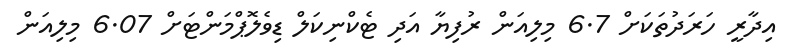
އިދާރީ ހަރަދުތަކަށް 6.7 މިލިއަން ރުފިޔާ އަދި ޓެކްނިކަލް ޑިވެލޮޕްމަންޓަށް 6.07 މިލިއަން